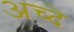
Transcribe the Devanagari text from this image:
अच्दे